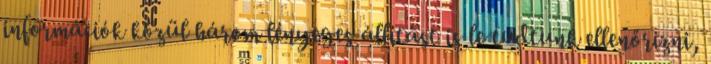
információk közül három lényeges állítást is le tudtunk ellenőrizni,